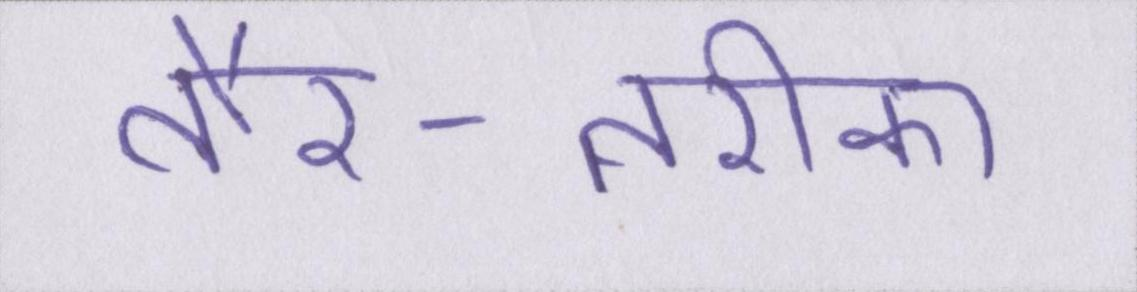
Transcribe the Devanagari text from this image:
तौर-तरीका